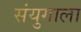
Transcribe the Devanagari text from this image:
संयुगाला